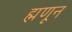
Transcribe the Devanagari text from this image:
ह्मणून